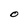
Character: O